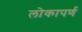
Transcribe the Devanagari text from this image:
लोकापर्ण